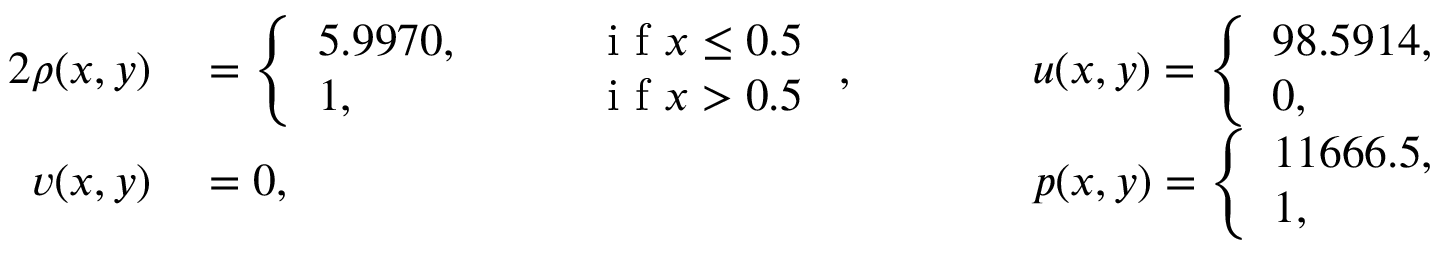
\begin{array} { r l r l } { { 2 } \rho ( x , y ) } & { { } = \left\{ \begin{array} { l l } { 5 . 9 9 7 0 , \qquad } & { \mathrm { ~ i ~ f ~ } x \le 0 . 5 } \\ { 1 , } & { \mathrm { ~ i ~ f ~ } x > 0 . 5 } \end{array} \right. , \qquad } & { } & { { } u ( x , y ) = \left\{ \begin{array} { l l } { 9 8 . 5 9 1 4 , \qquad } & { \mathrm { ~ i ~ f ~ } x \le 0 . 5 } \\ { 0 , } & { \mathrm { ~ i ~ f ~ } x > 0 . 5 } \end{array} \right. } \\ { v ( x , y ) } & { { } = 0 , \qquad } & { } & { { } p ( x , y ) = \left\{ \begin{array} { l l } { 1 1 6 6 6 . 5 , \qquad } & { \mathrm { ~ i ~ f ~ } x \le 0 . 5 } \\ { 1 , } & { \mathrm { ~ i ~ f ~ } x > 0 . 5 } \end{array} \right. } \end{array}